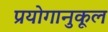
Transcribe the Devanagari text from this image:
प्रयोगानुकूल